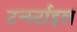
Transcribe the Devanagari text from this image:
टर्न्स्टाइल